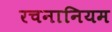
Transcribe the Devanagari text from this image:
रचनानियम